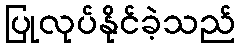
ပြုလုပ်နိုင်ခဲ့သည်